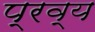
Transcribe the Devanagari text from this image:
प्रव्य